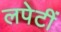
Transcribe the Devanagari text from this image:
लपेटीं